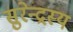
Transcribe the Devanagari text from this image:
सुरेन्द्रस्य